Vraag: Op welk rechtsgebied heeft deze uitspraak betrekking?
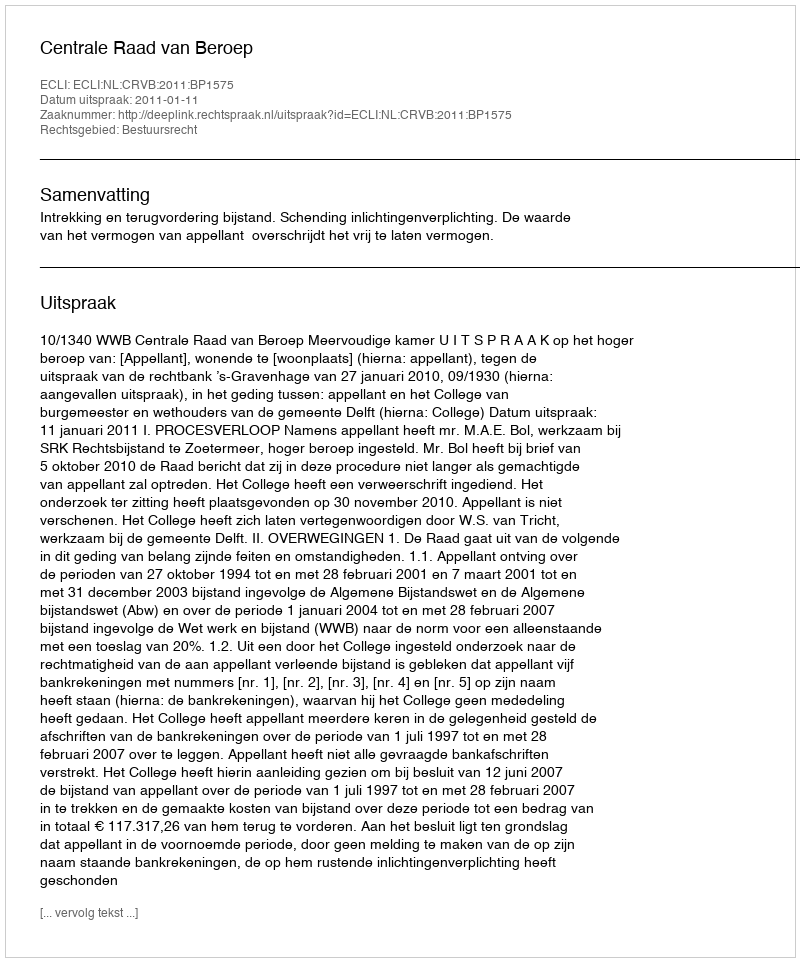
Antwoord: Bestuursrecht